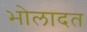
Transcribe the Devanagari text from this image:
भोलादत